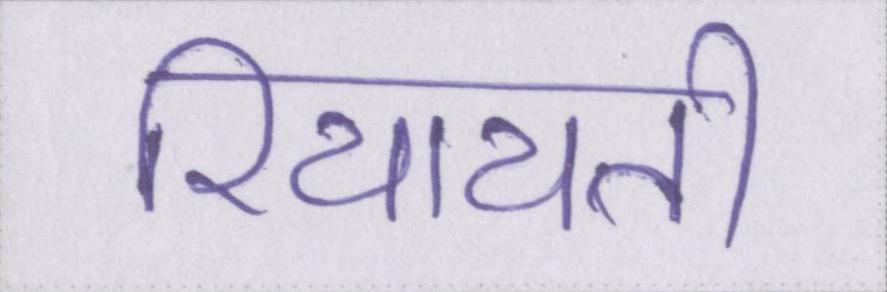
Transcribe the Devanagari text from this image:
रियायती